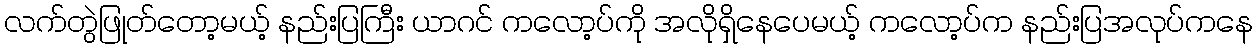
လက်တွဲဖြုတ်တော့မယ့် နည်းပြကြီး ယာဂင် ကလော့ပ်ကို အလိုရှိနေပေမယ့် ကလော့ပ်က နည်းပြအလုပ်ကနေ